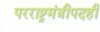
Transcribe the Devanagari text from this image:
परराष्ट्रमंत्रीपदही